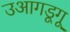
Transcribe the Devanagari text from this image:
उआगडूगू